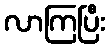
လာကြပြီး